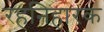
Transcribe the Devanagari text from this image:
रहनिहारक